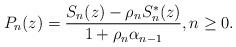
LaTeX: \begin{align*} P_{n} (z) = \frac{S_n(z) - \rho_n S_n^{\ast}(z)}{1 + \rho_n \alpha_{n-1}}, n \geq 0.\end{align*}